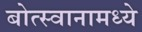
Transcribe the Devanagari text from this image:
बोत्स्वानामध्ये